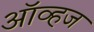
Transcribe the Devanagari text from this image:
ऑव्हज